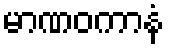
မာဏဝကာနံ